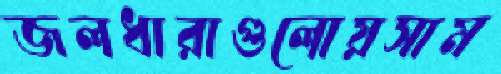
জলধারাগুলোয়সাম